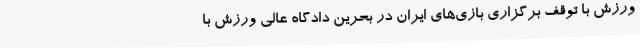
ورزش با توقف برگزاری بازی‌های ایران در بحرین دادگاه عالی ورزش با